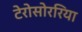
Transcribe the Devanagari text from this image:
टेरोसोररिया